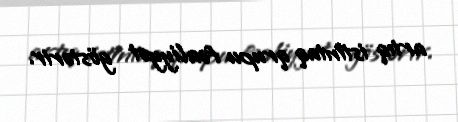
artıq istintaq qrupu fəaliyyət göstərir.